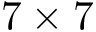
7 \times 7